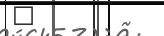
٦